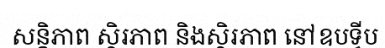
សន្តិភាព ស្ថិរភាព និងស្ថិរភាព នៅឧបទ្វីប